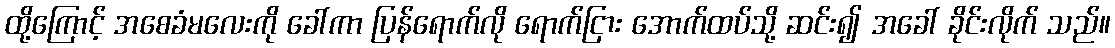
ထို့ကြောင့် အစေခံမလေးကို ခေါ်ကာ ပြန်ရောက်လို ရောက်ငြား အောက်ထပ်သို့ ဆင်း၍ အခေါ် ခိုင်းလိုက် သည်။